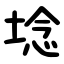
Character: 埝